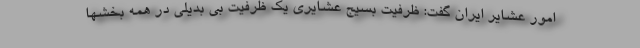
امور عشایر ایران گفت: ظرفیت بسیج عشایری یک ظرفیت بی بدیلی در همه بخشها